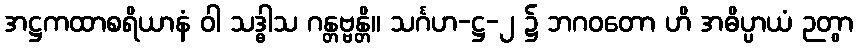
အဋ္ဌကထာစရိယာနံ ဝါ သဒ္ဓါသ ဂန္တဗ္ဗန္တိ။ သင်္ဂဟ-ဋ္ဌ-၂ ၌ ဘဂဝတော ဟိ အဓိပ္ပာယံ ဉတွာ